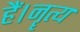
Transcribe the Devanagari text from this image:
हैं।नॄत्य